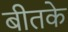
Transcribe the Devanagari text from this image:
बीतके